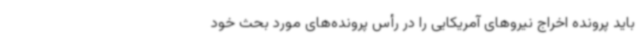
باید پرونده اخراج نیروهای آمریکایی را در رأس پرونده‌های مورد بحث خود